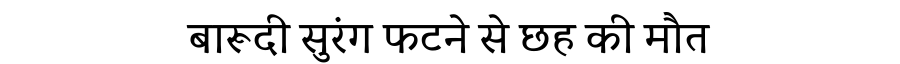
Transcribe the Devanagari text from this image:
बारूदी सुरंग फटने से छह की मौत